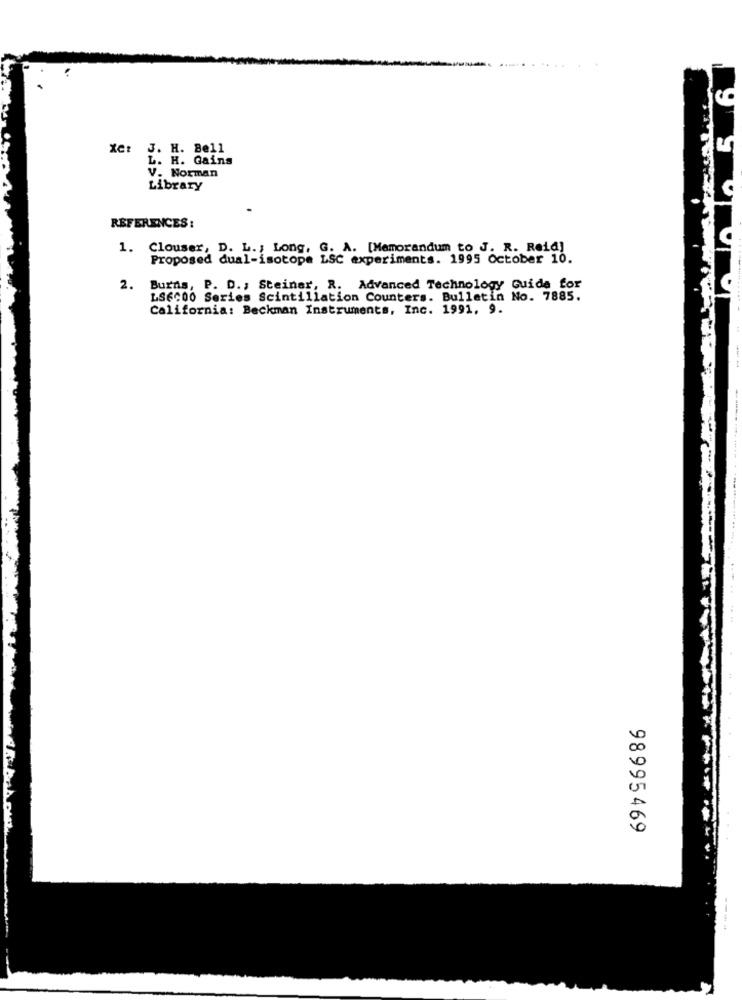
Xet J. H. Bell
L. H. Gains
V. Norman
Library
REFERENCES :
1. Clouser, D. L .; Long, G. A. [Memorandum to J. R. Reid]
Proposed dual-isotope LSC experiments. 1995 October 10.
2.
Burns, P. D ., Steinar, R. Advanced Technology Guide for
LS6000 Series Scintillation Counters. Bulletin No. 7885.
California: Beckman Instruments, Inc. 1991. 9.
98995469